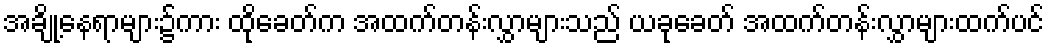
အချို့နေရာများ၌ကား ထိုခေတ်က အထက်တန်းလွှာများသည် ယခုခေတ် အထက်တန်းလွှာများထက်ပင်